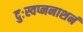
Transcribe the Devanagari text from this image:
दुःस्वप्ननाशनं